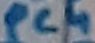
Text: PC4